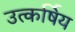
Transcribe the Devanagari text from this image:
उत्कर्षिय